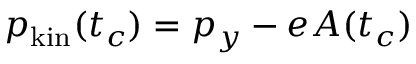
p _ { \mathrm { k i n } } ( t _ { c } ) = p _ { y } - e A ( t _ { c } )